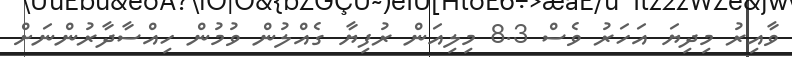
ވާއިރު މިދިޔަ އަހަރު ވެސް 8.3 މިލިއަން ރުފިޔާ ގެއްލުން ވުމުން ހިއްސާދާރުންނަށް